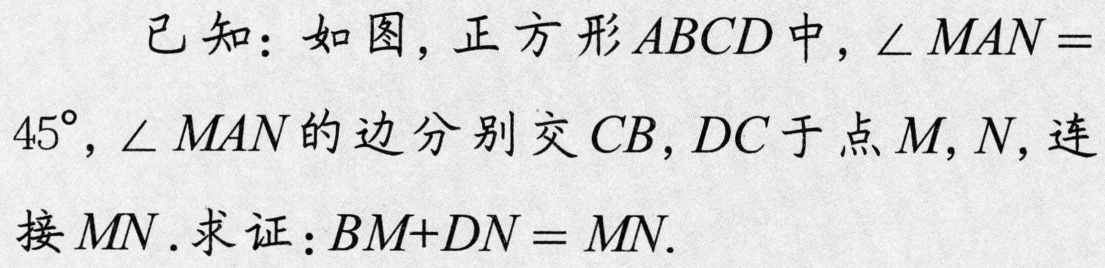
已知：如图，正方形\(ABCD\)中，\(\angle MAN = 45^{\circ}\)，\(\angle MAN\)的边分别交\(CB,DC\)于点\(M,N\)，连接\(MN\). 求证：\(BM + DN = MN\).